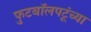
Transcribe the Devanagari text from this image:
फुटबॉलपटूंच्या